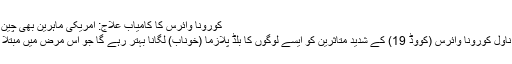
کورونا وائرس کا کامیاب علاج: امریکی ماہرین بھی چین کے نقشِ قدم پر – Savaira News
: امریکی وبائی ماہرین نے کہا ہے کہ ناول کورونا وائرس (کووِڈ 19) کے شدید متاثرین کو ایسے لوگوں کا بلڈ پلازما (خوناب) لگانا بہتر رہے گا جو اس مرض میں مبتلا ہونے کے بعد صحت یاب ہوچکے ہیں۔